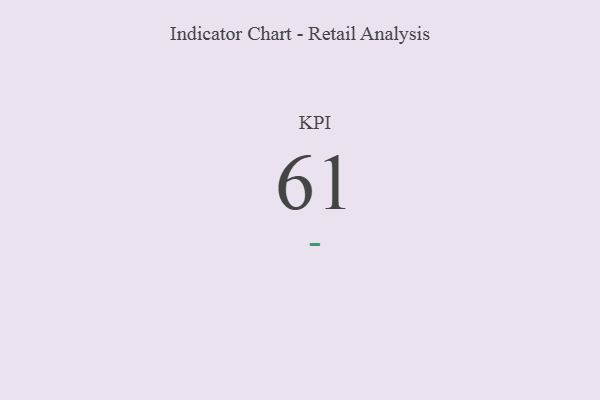
{"axis": {"x": "KPI", "y": "Value"}, "legend": [""], "data": [{"x": "KPI", "y": 61, "type": ""}]}